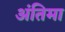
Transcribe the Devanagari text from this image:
अंतिमा